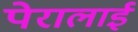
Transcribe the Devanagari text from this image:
पेरालाई